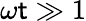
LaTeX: \omega\mathsf{t}\gg1